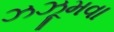
ઝઝૂમવા